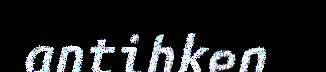
antihken